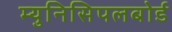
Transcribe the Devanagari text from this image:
म्युनिसिपलबोर्ड